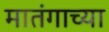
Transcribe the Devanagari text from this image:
मातंगाच्या